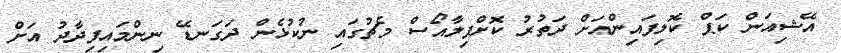
އޭޝިއަން ކަޕް ކޮލިފައިންއަށް ދަތުރު ކޮށްފިލާއޯސް މެޗުގައި ނުކުޅެން ދަގަނޑޭ ނިންމައިފިދާދު އަށް